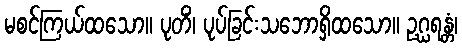
မစင်ကြယ်ထသော။ ပုတိံ၊ ပုပ်ခြင်းသဘောရှိထသော။ ဥဂ္ဃရန္တံ၊